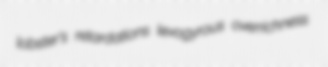
lobster's retardations levogyrous overrichness